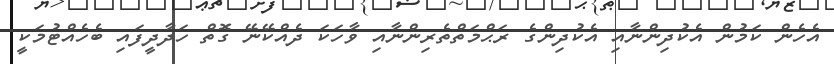
އެހެން ކަމުން އެކުދިންނާއި އެކުދިންގެ ރަޙްމަތްތެރިންނާއި ވާހަކަ ދެއްކޭނޭ ގޮތް ހަދާދީފައި ބެހެއްޓުމަކީ